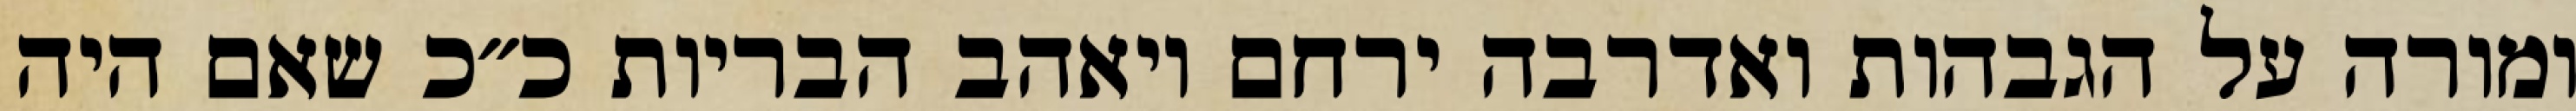
ומורה על הגבהות ואדרבה ירחם ויאהב הבריות כ״כ שאם היה